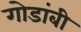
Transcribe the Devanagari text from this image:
गोडांबी